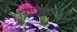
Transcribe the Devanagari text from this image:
जोपासणारी